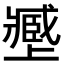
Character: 𡒥